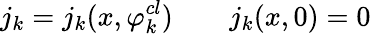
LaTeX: j_{k}=j_{k}(x,\varphi_{k}^{cl})\qquad j_{k}(x,0)=0